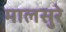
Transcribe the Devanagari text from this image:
मालसुरे